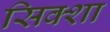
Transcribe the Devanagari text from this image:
सिक्शा